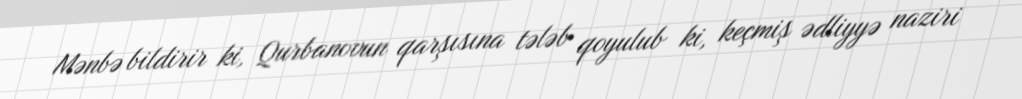
Mənbə bildirir ki, Qurbanovun qarşısına tələb qoyulub ki, keçmiş ədliyyə naziri